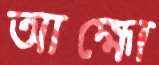
আহ্মো